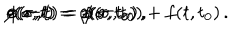
\rho ( \sigma , t ) = \rho ( \sigma , t _ { 0 } ) \, , \hspace { . 3 c m } z ( \sigma , t ) = z ( \sigma , t _ { 0 } ) \, , \hspace { . 3 c m } \phi ( \sigma , t ) = \phi ( \sigma , t _ { 0 } ) + f ( t , t _ { 0 } ) \, .